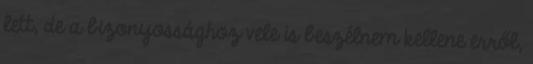
lett, de a bizonyossághoz vele is beszélnem kellene erről,